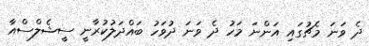
ދެ ވަނަ މެޗުގައި އަންނަ މަހު ދެ ވަނަ ދުވަހު ބައްދަލުކުރާނީ ސީޝެލްސްއާ